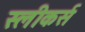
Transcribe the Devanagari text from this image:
स्लीकर्स